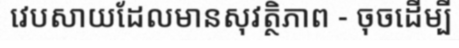
វេបសាយដែលមានសុវត្ថិភាព - ចុចដើម្បី